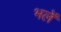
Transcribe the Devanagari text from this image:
भलें